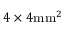
4 \times 4 \mathrm { m m } ^ { 2 }